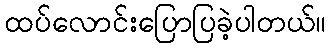
ထပ်လောင်းပြောပြခဲ့ပါတယ်။